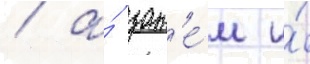
/ а́ зат'е́м и́